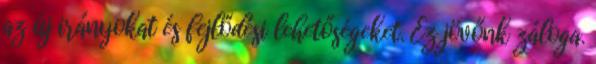
az új irányokat és fejlődési lehetőségeket. Ez jövőnk záloga.